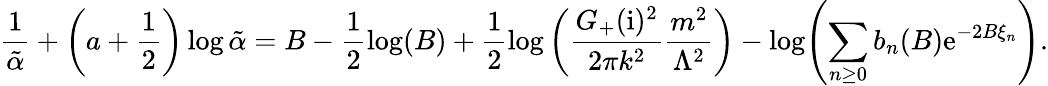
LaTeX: \frac{1}{\tilde{\alpha}}+\left(a+\frac{1}{2}\right)\log\tilde{\alpha}=B-\frac{1}{2}\log(B)+\frac{1}{2}\log\left(\frac{G_{+}(\mathrm{i})^{2}}{2\pi k^{2}}\frac{m^{2}}{\Lambda^{2}}\right)-\log\Biggl(\sum_{n\ge 0}b_{n}(B)\mathrm{e}^{-2B\xi_{n}}\Biggr).